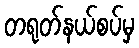
တရုတ်နယ်စပ်မှ